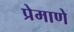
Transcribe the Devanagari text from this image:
प्रेमाणे